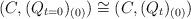
LaTeX: \begin{align*}(C,(Q_{t=0})_{(0)})\cong (C,(Q_{t})_{(0)})\end{align*}